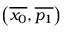
\left( \overline { { x _ { 0 } } } , \overline { { p _ { 1 } } } \right)